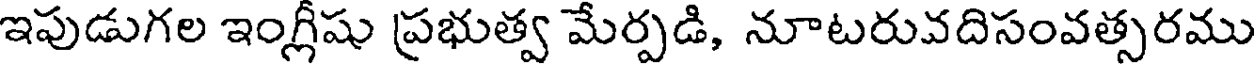
ఇపుడుగల ఇంగ్లీషు ప్రభుత్వ మేర్పడి, నూటరువదిసంవత్సరము